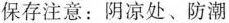
保存注意：阴凉处、防潮